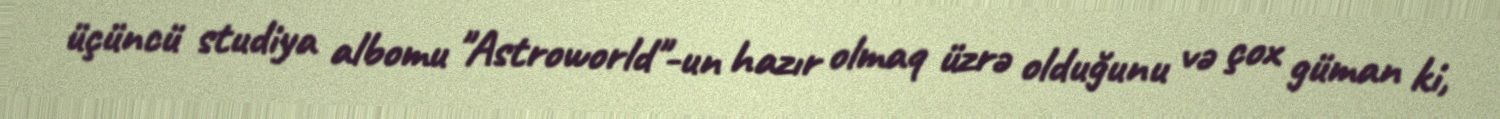
üçüncü studiya albomu "Astroworld"-un hazır olmaq üzrə olduğunu və çox güman ki,